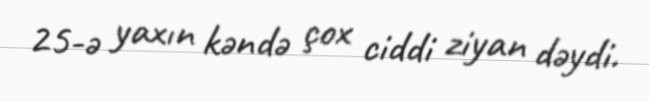
25-ə yaxın kəndə çox ciddi ziyan dəydi.